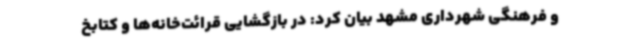
و فرهنگی شهرداری مشهد بیان کرد: در بازگشایی قرائت‌خانه‌ها و کتابخ